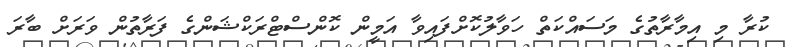
ކުރާ މި އިމާރާތުގެ މަސައްކަތް ހަވާލުކޮށްފައިވާ އަމީން ކޮންސްޓްރަކްޝަންގެ ފަރާތުން ވަރަށް ބާރަ